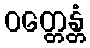
ဝတ္တေန္တံ